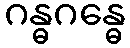
ဂန္ဓဂန္ဓေ